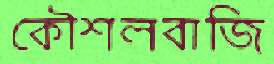
কৌশলবাজি